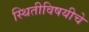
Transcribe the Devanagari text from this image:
स्थितीविषयीचे